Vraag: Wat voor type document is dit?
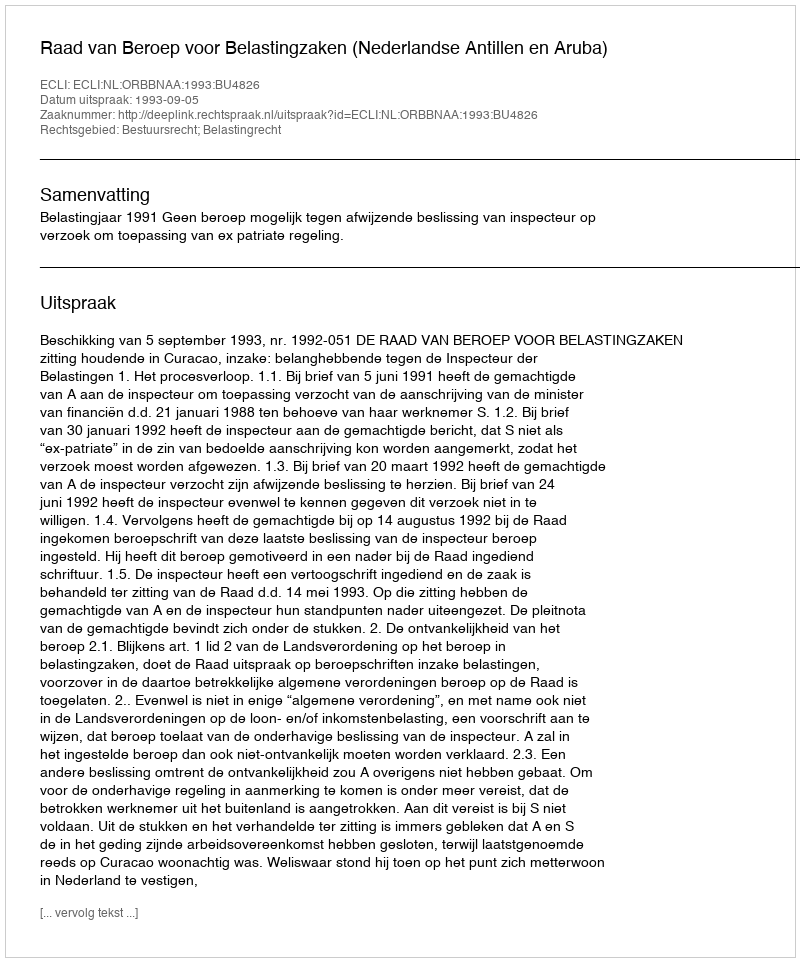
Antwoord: Uitspraak